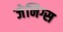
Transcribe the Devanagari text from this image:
जेनिग्स